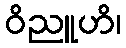
ဝိညူဟိ၊